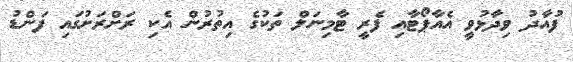
ފުއާދު ވިދާޅުވީ އެއާޕޯޓާއި ފެރީ ޓާމިނަލް ތަކުގެ އިތުރުން އެކި ރަށްރަށުގައި ފަންޑު